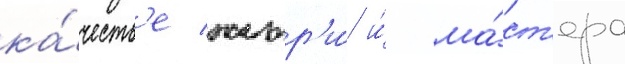
ка́честв'е жюр'и́ и́ ма́ст'ера